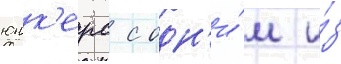
юнк'ерс с одн'и́м и́з